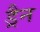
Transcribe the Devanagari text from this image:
ड्रैन